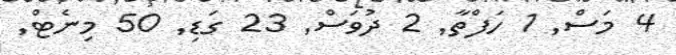
4 މަސް